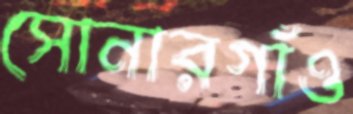
সোনারগাঁও